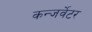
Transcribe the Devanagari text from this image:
कन्जर्वेटर